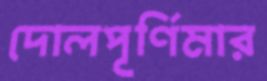
দোলপূর্ণিমার